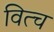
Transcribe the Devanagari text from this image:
वित्च